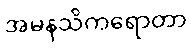
အမနသိကရောတာ